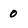
Character: 0